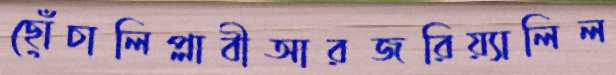
ছোঁচালিপ্লাবীআরজরিয়্যালিল